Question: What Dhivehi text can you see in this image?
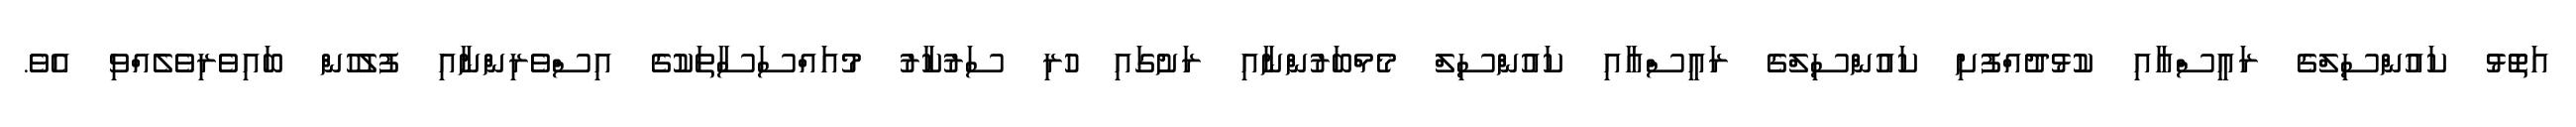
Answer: އަތޮޅު ކައުންސިލްގެ ރައީސްއާއި ކުޅުދުއްފުށި ކައުންސިލްގެ ރައީސްއާއި ކައުންސިލް މެމްބަރުންނާއި ރަށުގައި ހުރި ސަރުކާރު މުއައްސަސާތަކުގެ އިސްވެރިންނާއި ފުލުހުން ބައިވެރިވެލެއްވި އެވެ.